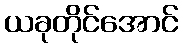
ယခုတိုင်အောင်